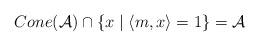
LaTeX: \begin{align*}Cone(\mathcal{A})\cap\left\{ x\mid\langle m,x\rangle=1\right\} =\mathcal{A}\end{align*}